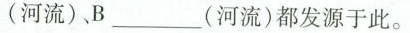
(河流)、B___(河流)都发源于此。